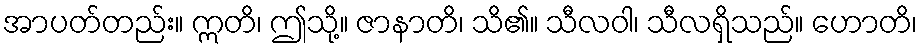
အာပတ်တည်း။ ဣတိ၊ ဤသို့။ ဇာနာတိ၊ သိ၏။ သီလဝါ၊ သီလရှိသည်။ ဟောတိ၊